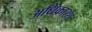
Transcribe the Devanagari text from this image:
अधिकारश्